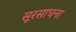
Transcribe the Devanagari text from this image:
सूरसाधना